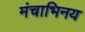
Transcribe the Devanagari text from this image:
मंचाभिनय